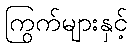
ကြွက်များနှင့်